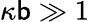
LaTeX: \kappa\mathsf{b}\gg1